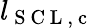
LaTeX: l_{\mathrm{~S~C~L~,~c~}}